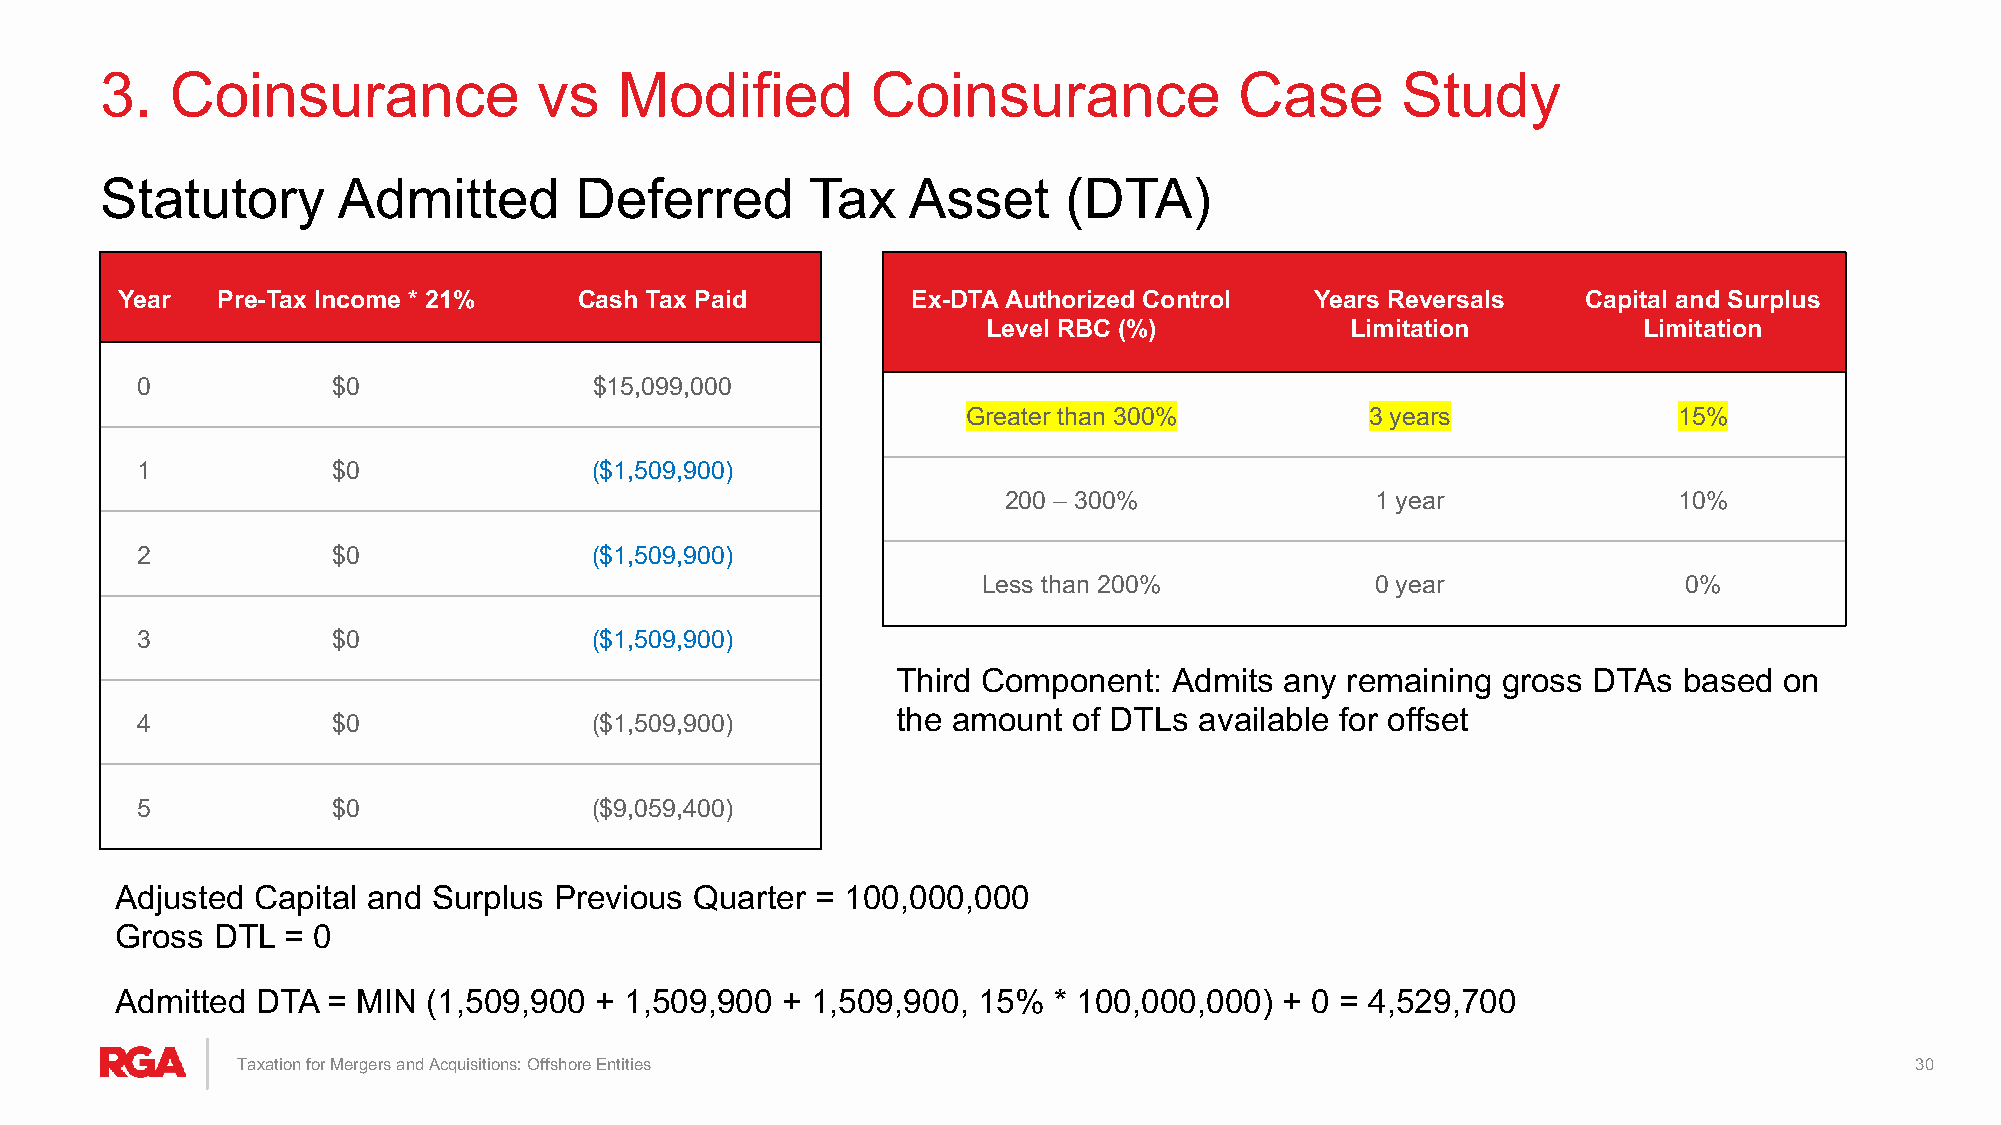
3.  Coinsurance              vs   Modified         Coinsurance             Case       Study
 Statutory      Admitted        Deferred        Tax   Asset     (DTA)
 Year  Pre-Tax Income * 21%    Cash Tax Paid         Ex-DTA Authorized Control  Years Reversals   Capital and Surplus
 Level RBC (%)           Limitation          Limitation
 0            $0               $15,099,000
 Greater than 300%          3 years             15%
 1            $0               ($1,509,900)
 200 – 300%               1 year              10%
 2            $0               ($1,509,900)
 Less than 200%            0 year              0%
 3            $0               ($1,509,900)
 Third Component:   Admits any remaining gross DTAs  based  on
 the amount  of DTLs available for offset
 4            $0               ($1,509,900)
 5            $0               ($9,059,400)
 Adjusted Capital and Surplus Previous Quarter = 100,000,000
 Gross DTL  = 0
 Admitted DTA  = MIN (1,509,900 + 1,509,900  + 1,509,900, 15%  * 100,000,000) + 0 = 4,529,700
 Taxation for Mergers and Acquisitions: Offshore Entities                                                       30